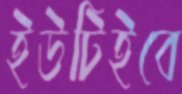
ইউটিইবে